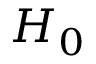
H _ { 0 }